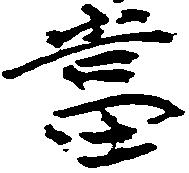
当